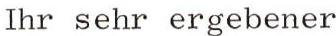
Ihr sehr ergebener